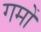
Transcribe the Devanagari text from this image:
गमों